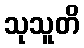
သုသူတိ